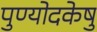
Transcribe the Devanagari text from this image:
पुण्योदकेषु